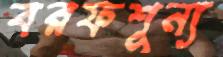
বরফশূন্য